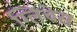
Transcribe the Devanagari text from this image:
ग्लिचेस